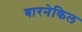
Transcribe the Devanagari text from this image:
बारनेकिल